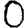
Digit: 0